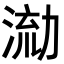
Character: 𭱛